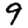
Digit: 9